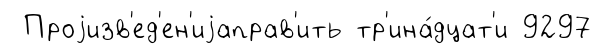
Проjизв'ед'ен'иjаправ'ить тр'ина́дцат'и 9297